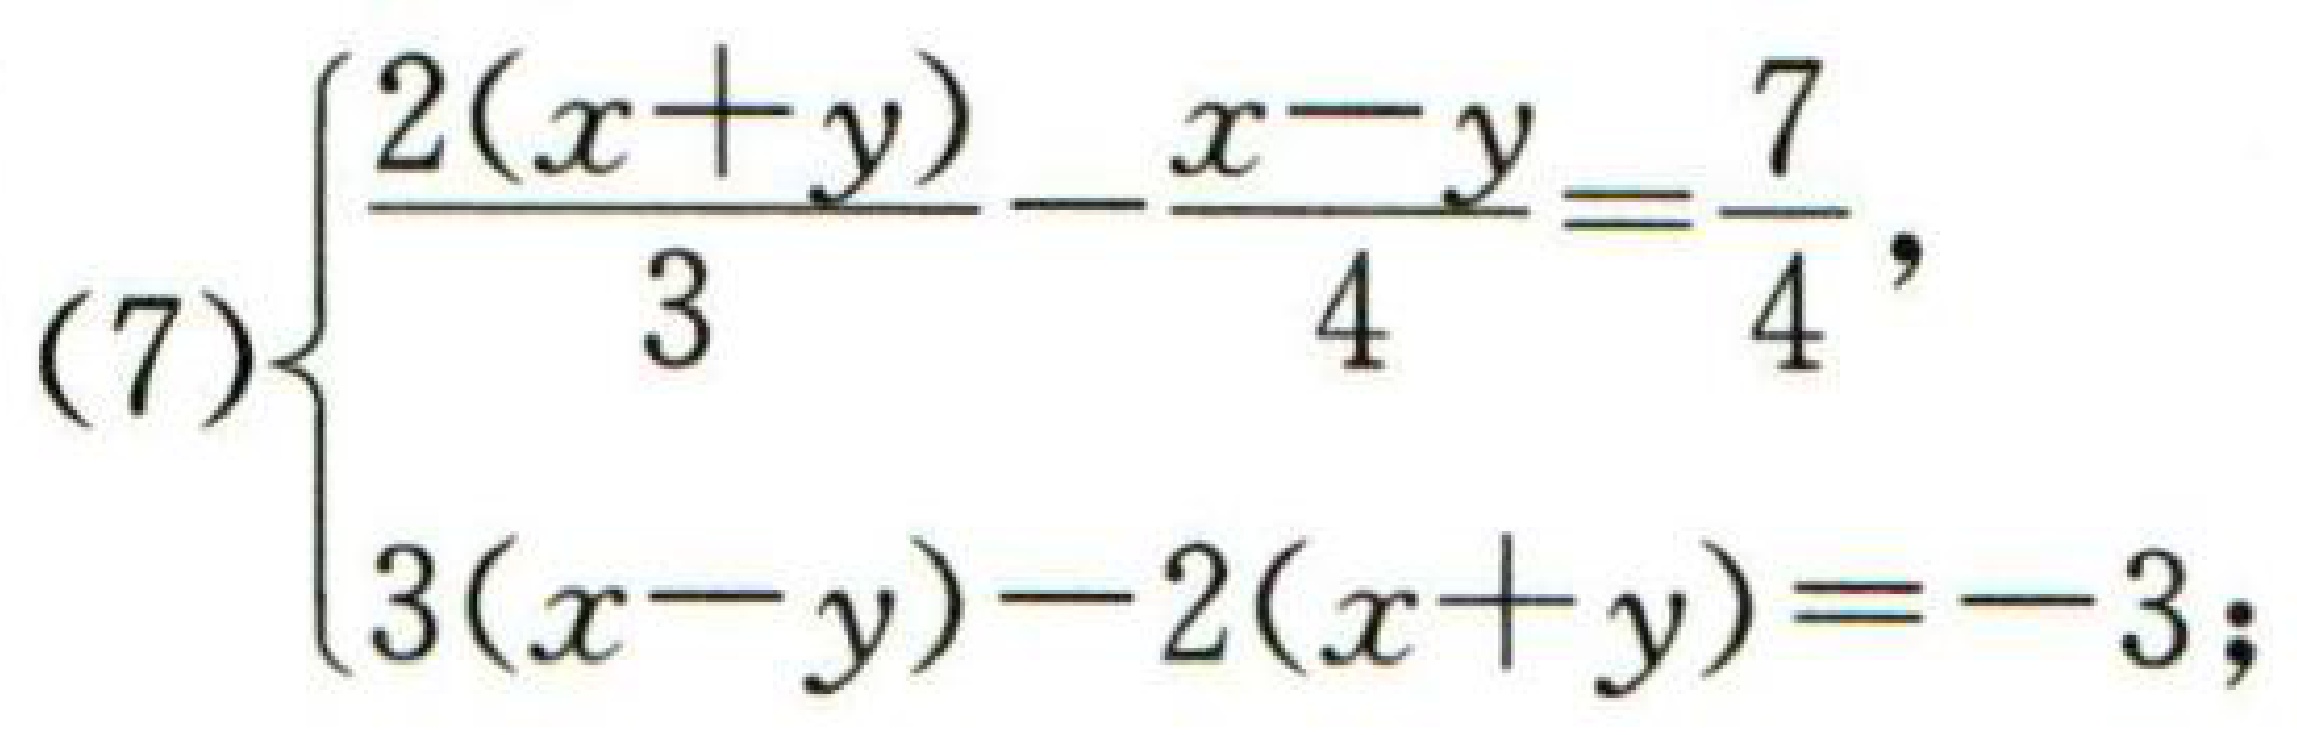
\[(7)\begin{cases}

\frac{2(x + y)}{3}-\frac{x - y}{4}=\frac{7}{4},\\

3(x - y)-2(x + y)=- 3;

\end{cases}\]